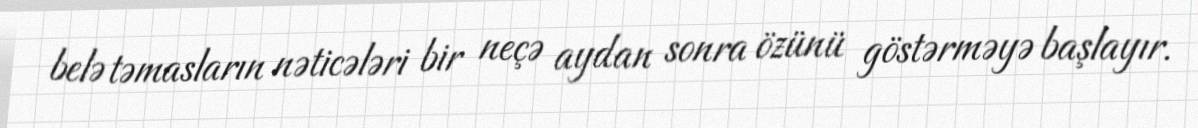
belə təmasların nəticələri bir neçə aydan sonra özünü göstərməyə başlayır.